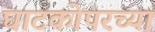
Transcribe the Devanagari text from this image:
घाटकोपरच्या